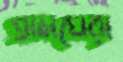
গ্রামঘেরা